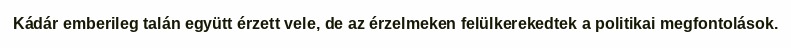
Kádár emberileg talán együtt érzett vele, de az érzelmeken felülkerekedtek a politikai megfontolások.